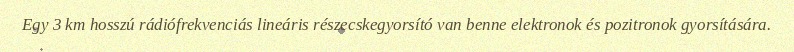
Egy 3 km hosszú rádiófrekvenciás lineáris részecskegyorsító van benne elektronok és pozitronok gyorsítására.